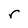
Character: r